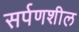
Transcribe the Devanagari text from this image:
सर्पणशील